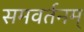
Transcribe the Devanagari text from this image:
समवर्तनम्